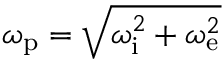
\omega _ { \mathrm { p } } = \sqrt { \omega _ { \mathrm { i } } ^ { 2 } + \omega _ { \mathrm { e } } ^ { 2 } }